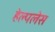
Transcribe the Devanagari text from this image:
हेल्पलेस